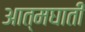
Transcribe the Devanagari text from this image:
अात्मघाती